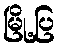
မြို့ပြ